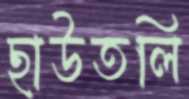
ছাউতলি